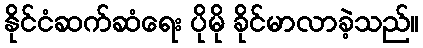
နိုင်ငံဆက်ဆံရေး ပိုမို ခိုင်မာလာခဲ့သည်။